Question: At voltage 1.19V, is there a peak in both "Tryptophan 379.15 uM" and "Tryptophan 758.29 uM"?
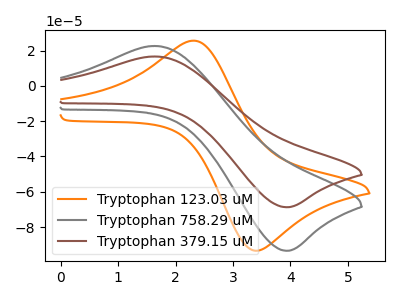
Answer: <think>The orange curve "Tryptophan 123.03 uM" has an anodic peak at (2.30V, 25.60uA) and a cathodic peak at (3.35V, -93.15uA). The gray curve "Tryptophan 758.29 uM" has an anodic peak at (1.65V, 22.60uA) and a cathodic peak at (3.90V, -93.45uA). The brown curve "Tryptophan 379.15 uM" has an anodic peak at (1.65V, 16.65uA) and a cathodic peak at (3.90V, -68.80uA).</think>
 <answer>No, "Tryptophan 379.15 uM" and "Tryptophan 758.29 uM" dont share a peak at 1.19V.</answer>
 <eval>mismatch</eval>